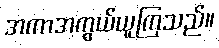
အကာအကွယ်ယူကြသည်။